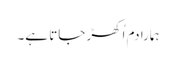
ہمارا دم اُکھڑ جاتا ہے۔